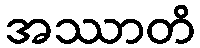
အဿာတိ